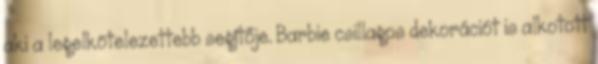
aki a legelkötelezettebb segítője. Barbie csillagos dekorációt is alkotott